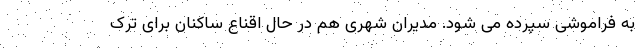
به فراموشی سپرده می شود. مدیران شهری هم در حال اقناع ساکنان برای ترک